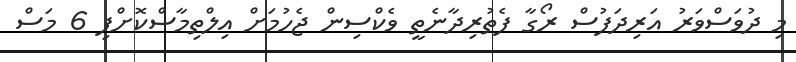
މި ދުވަސްވަރު އަރިދަފުސް ރޯގާ ފެތުރިދާނެތީ ވެކްސިން ޖެހުމަށް އިލްތިމާސްކޮށްފި 6 މަސް